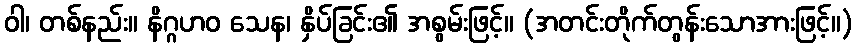
ဝါ၊ တစ်နည်း။ နိဂ္ဂဟဝ သေန၊ နှိပ်ခြင်း၏ အစွမ်းဖြင့်။ (အတင်းတိုက်တွန်းသောအားဖြင့်။)